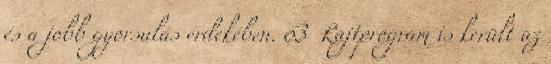
és a jobb gyorsulás érdekében. 63 Rajtprogram is került az